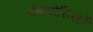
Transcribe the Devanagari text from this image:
नेमाटोसिस्टों